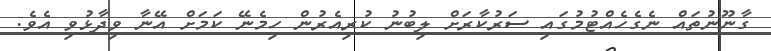
ގާނޫނުތައް ނެގެހެއްޓުމުގައި ސަރުކާރަށް ލިބުނު ކުރިއެރުން ހިމެނޭ ކަމަށް އޭނާ ވިދާޅުވި އެވެ.